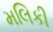
મલિકી